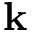
\mathbf { k }